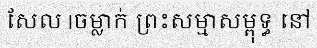
សែល |ចម្លាក់ ព្រះសម្មាសម្ពុទ្ធ នៅ